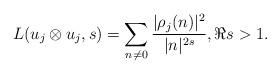
LaTeX: \begin{align*}L(u_j\otimes u_j,s)=\sum_{n\neq0}\frac{|\rho_j(n)|^2}{|n|^{2s}},\Re{s}>1.\end{align*}